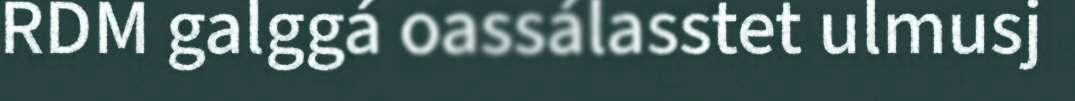
RDM galggá oassálasstet ulmusj